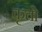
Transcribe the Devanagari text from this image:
कृतो